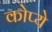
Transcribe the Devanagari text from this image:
कोप्ये